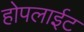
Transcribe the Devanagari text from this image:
होपलाईट